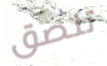
تلصق